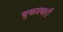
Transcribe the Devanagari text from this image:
चुकवणारी